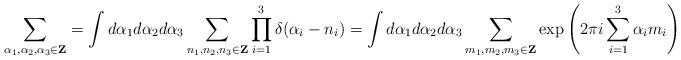
LaTeX: \begin{align*}\sum_{\alpha_{1},\alpha_{2},\alpha_{3}\in{\bf Z}}=\int d\alpha_{1}d\alpha_{2}d\alpha_{3}\sum_{n_{1},n_{2},n_{3}\in{\bf Z}}\prod_{i=1}^{3}\delta(\alpha_{i}-n_{i})=\int d\alpha_{1}d\alpha_{2}d\alpha_{3}\sum_{m_{1},m_{2},m_{3}\in{\bf Z}}\exp\left(2\pi i\sum_{i=1}^{3}\alpha_{i}m_{i}\right)\end{align*}